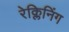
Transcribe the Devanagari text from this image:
रेक्लिनिंग